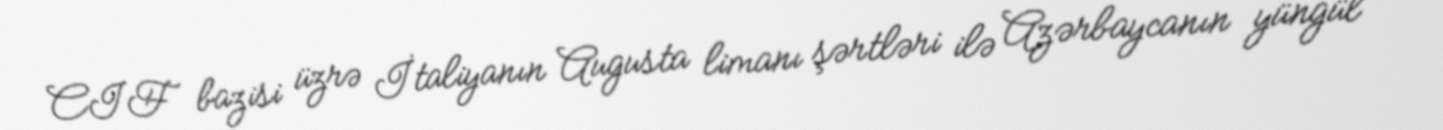
CIF bazisi üzrə İtaliyanın Augusta limanı şərtləri ilə Azərbaycanın yüngül